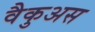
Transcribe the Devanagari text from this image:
वैकुअस